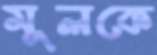
মূলকে